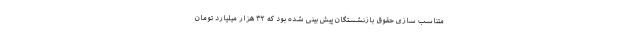
متناسب سازی حقوق بازنشستگان پیش بینی شده بود که ۳۲ هزار میلیارد تومان